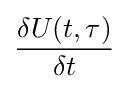
{\frac {\mathrm {\delta } U(t,\tau )}{\mathrm {\delta } t}}